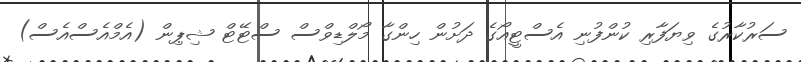
ސަރުކާރުގެ ވިޔަފާރި ކުންފުނި އެސްޓީއޯގެ ދަށުން ހިންގާ މޯލްޑިވްސް ސްޓޭޓް ޝިޕިން (އެމްއެސްއެސް)